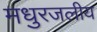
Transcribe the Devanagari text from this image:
मधुरजलीय